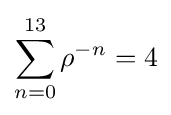
\sum _{n=0}^{13}\rho ^{-n}=4